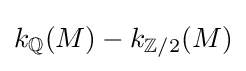
k_{\mathbb {Q} }(M)-k_{\mathbb {Z} /2}(M)